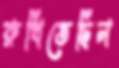
রুখিতেছিল